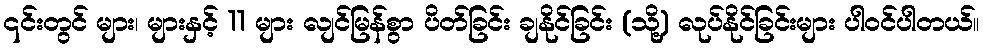
၎င်းတွင် များ၊ များနှင့် 11 များ လျင်မြန်စွာ ပိတ်ခြင်း ချနိုင်ခြင်း (သို့) လုပ်နိုင်ခြင်းများ ပါဝင်ပါတယ်။